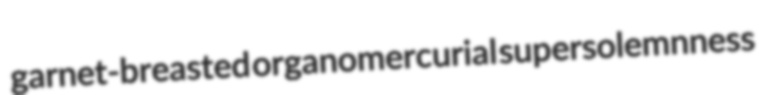
garnet-breasted organomercurial supersolemnness